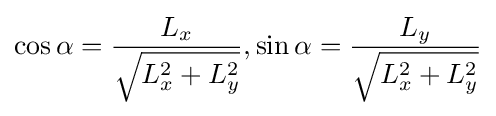
\cos \alpha ={\frac {L_{x}}{\sqrt {L_{x}^{2}+L_{y}^{2}}}},\sin \alpha ={\frac {L_{y}}{\sqrt {L_{x}^{2}+L_{y}^{2}}}}